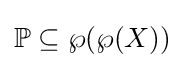
\mathbb {P} \subseteq \wp (\wp (X))